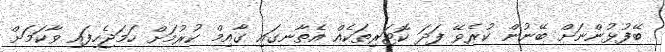
ބޭފުޅުންނަށް ބޭނުން ކުރެވޭ ފަދަ ކޮޓަރިތަކެއް އެތާނގައި ގާއިމް ކުރުމަށް ހަމަޖެހިފައި ވާކަމަށް